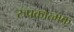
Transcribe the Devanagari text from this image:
रुपकात्मक